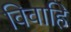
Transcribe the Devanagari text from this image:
विवाहि